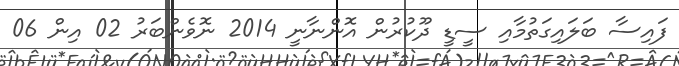
ފައިސާ ބަލައިގަތުމާއި ސީޑީ ދޫކުރުން އޮންނާނީ 2014 ނޮވެންބަރު 02 އިން 06